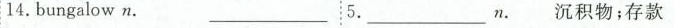
14.bungalow